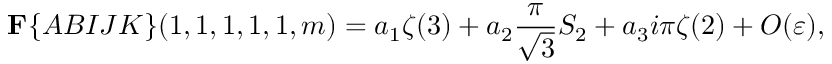
{ \bf F } \{ { \cal A B I J K } \} ( 1 , 1 , 1 , 1 , 1 , m ) = a _ { 1 } \zeta ( 3 ) + a _ { 2 } \frac { \pi } { \sqrt { 3 } } S _ { 2 } + a _ { 3 } i \pi \zeta ( 2 ) + { \cal O } ( \varepsilon ) ,